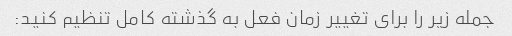
جمله زیر را برای تغییر زمان فعل به گذشته کامل تنظیم کنید: